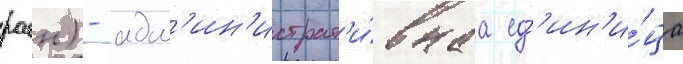
раен) - адм'ин'истрат'и́внаа ед'ин'и́ца